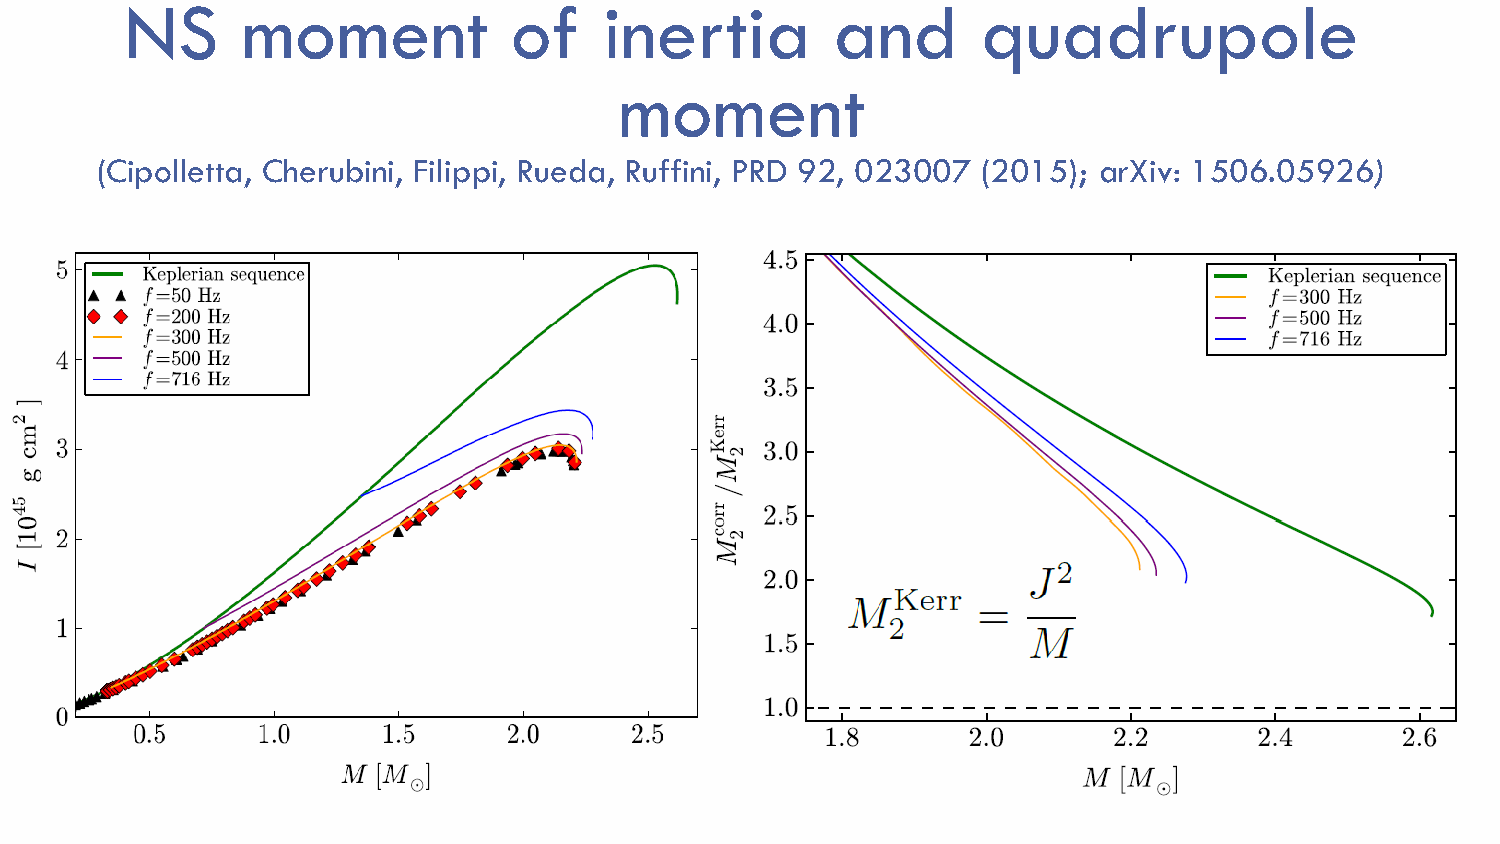
NS      moment            of    inertia        and       quadrupole
 moment
 (Cipolletta, Cherubini, Filippi, Rueda, Ruffini, PRD 92, 023007 (2015); arXiv: 1506.05926)